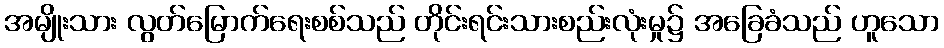
အမျိုးသား လွတ်မြောက်ရေးစစ်သည် တိုင်းရင်းသားစည်းလုံးမှု၌ အခြေခံသည် ဟူသော